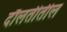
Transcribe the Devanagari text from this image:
दौलतीतील